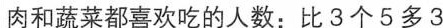
肉和蔬菜都喜欢吃的人数：比3个5多3